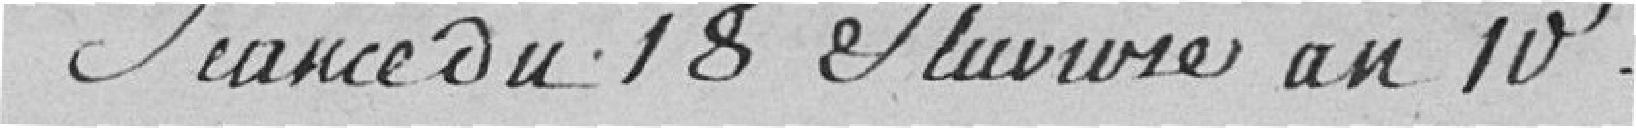
Séance du 18 pluviôse an 10